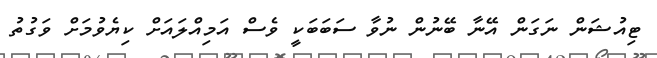
ޓިއުޝަން ނަގަން އޭނާ ބޭނުން ނުވާ ސަބަބަކީ ވެސް އަމިއްލައަށް ކިޔެވުމަށް ވަގުތު